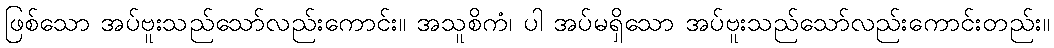
ဖြစ်သော အပ်ဗူးသည်သော်လည်းကောင်း။ အသူစိကံ၊ ပါ အပ်မရှိသော အပ်ဗူးသည်သော်လည်းကောင်းတည်း။